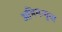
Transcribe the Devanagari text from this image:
अभिमन्युचा